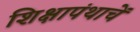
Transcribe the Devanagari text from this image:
शिक्षापंथाचें